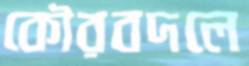
কৌরবদলে